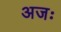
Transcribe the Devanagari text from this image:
अजः